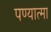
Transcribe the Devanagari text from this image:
पण्यात्मा